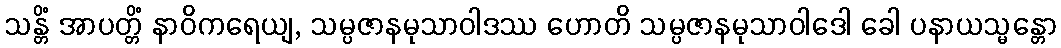
သန္တိံ အာပတ္တိံ နာဝိကရေယျ, သမ္ပဇာနမုသာဝါဒဿ ဟောတိ သမ္ပဇာနမုသာဝါဒေါ ခေါ ပနာယသ္မန္တော